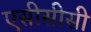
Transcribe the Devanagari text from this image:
एसीसीसी